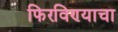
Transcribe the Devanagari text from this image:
फिरविण्याचा